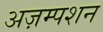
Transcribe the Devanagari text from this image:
अज़म्पशन